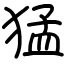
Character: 猛